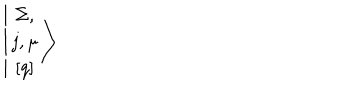
\left\vert \begin{array} { c } { { \Sigma , } } \\ { { j , \mu } } \\ { { \left[ q \right] } } \\ \end{array} \right>